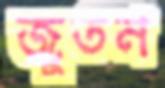
জুতন